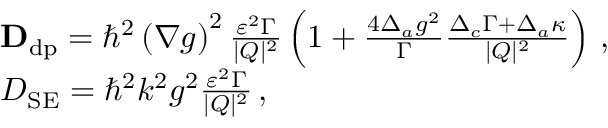
\begin{array} { r l } & { { \bf D } _ { \mathrm { d p } } = \hbar ^ { 2 } \left( \nabla g \right) ^ { 2 } \frac { \varepsilon ^ { 2 } \Gamma } { | Q | ^ { 2 } } \left( 1 + \frac { 4 \Delta _ { a } g ^ { 2 } } { \Gamma } \frac { \Delta _ { c } \Gamma + \Delta _ { a } \kappa } { | Q | ^ { 2 } } \right) \, , } \\ & { D _ { \mathrm { S E } } = \hbar ^ { 2 } k ^ { 2 } g ^ { 2 } \frac { \varepsilon ^ { 2 } \Gamma } { | Q | ^ { 2 } } \, , } \end{array}